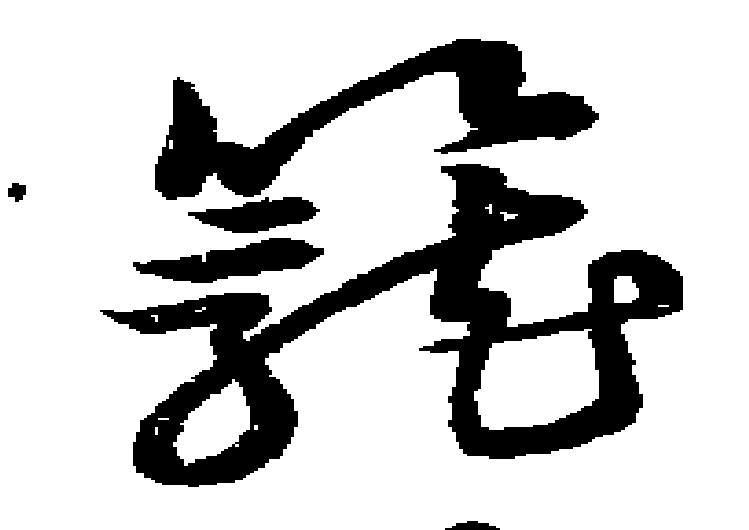
籠